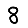
Digit: 8